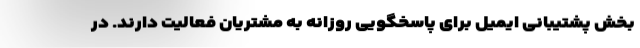
بخش پشتیبانی ایمیل برای پاسخگویی روزانه به مشتریان فعالیت دارند. در